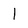
Character: 1